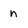
Character: n